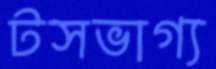
টসভাগ্য